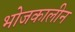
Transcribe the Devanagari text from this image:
भोजकालीन